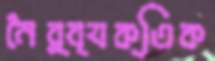
নৈর্ব্যক্তিক